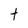
Character: t